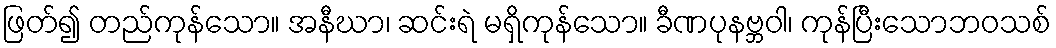
ဖြတ်၍ တည်ကုန်သော။ အနီဃာ၊ ဆင်းရဲ မရှိကုန်သော။ ခီဏပုနဗ္ဘဝါ၊ ကုန်ပြီးသောဘဝသစ်